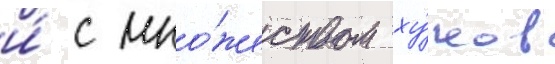
и́ с мно́жеством ху́ков